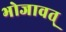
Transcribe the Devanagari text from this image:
भोजावत्